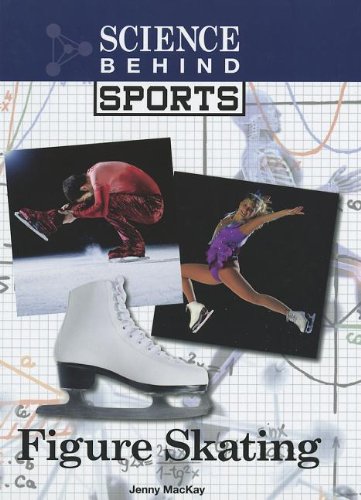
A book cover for Figure Skating (Science Behind Sports); Jennifer Mackay; Sports & Outdoors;